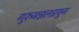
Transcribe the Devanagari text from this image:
गुरुजन्नलइयुन